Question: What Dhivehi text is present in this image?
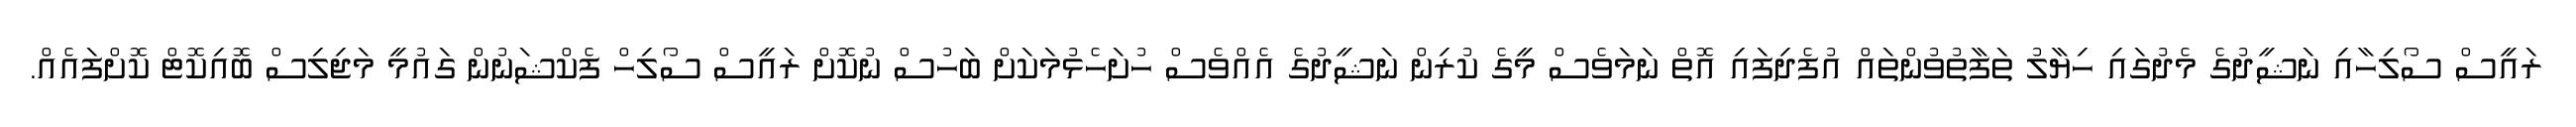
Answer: ރައީސް ސޯލިހާއި ނަޝީދުގެ މެދުގައި ހިޔާލު ތަފާތުވުންތައް އުފެދިފައި އޮތް ނަމަވެސް މީގެ ކުރިން ނަޝީދުގެ އެއްވެސް ހުށަހެޅުމަކަށް ބަހުސް ނުކޮށް ރައީސް ސޯލިހް ފެކްޝަނުން ގައުމީ މަޖިލިސް ބޮއިކޮޓް ކޮށްފައެއް.